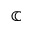
\mathbb { C }